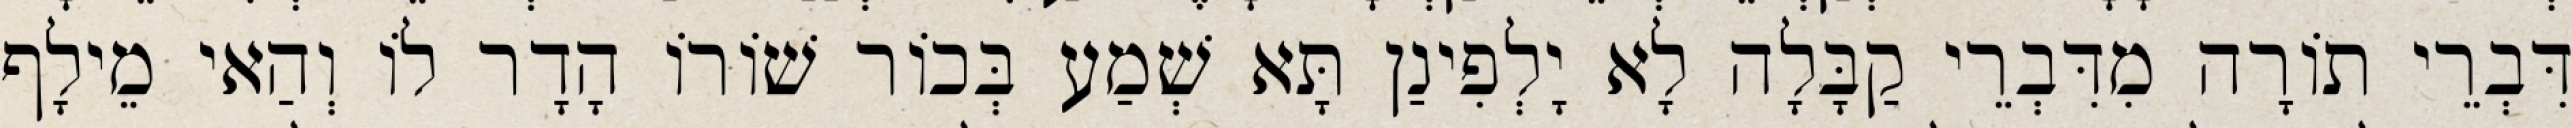
דִּבְרֵי תוֹרָה מִדִּבְרֵי קַבָּלָה לָא יָלְפִינַן תָּא שְׁמַע בְּכוֹר שׁוֹרוֹ הָדָר לוֹ וְהַאי מֵילָף